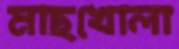
মাছখোলা